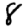
Digit: 8